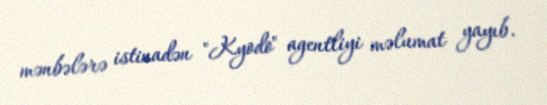
mənbələrə istinadən "Kyodo" agentliyi məlumat yayıb.